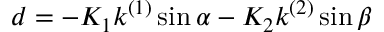
d = - K _ { 1 } k ^ { ( 1 ) } \sin \alpha - K _ { 2 } k ^ { ( 2 ) } \sin \beta